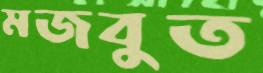
মজবুত